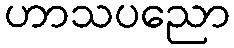
ဟာသပညော